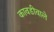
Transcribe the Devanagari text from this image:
कावडीवाले